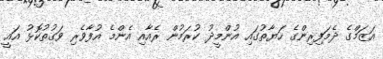
އަޒަމްގެ ދެމަފިރިންގެ ހަޔާތުގައި އުންމީދު ކުރަމުން ރެއާއި އެންމެ އުފާވެރި ވަގުތުކޮޅު އައީ